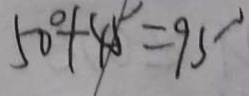
5 0 ^ { \circ } + 4 5 ^ { \circ } = 9 5 ^ { \circ }